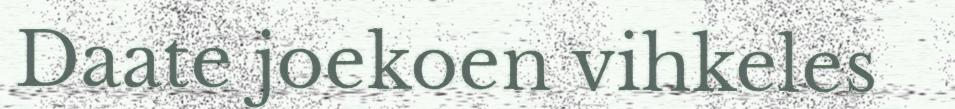
Daate joekoen vihkeles